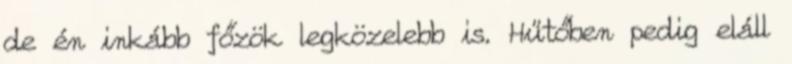
de én inkább főzök legközelebb is. Hűtőben pedig eláll